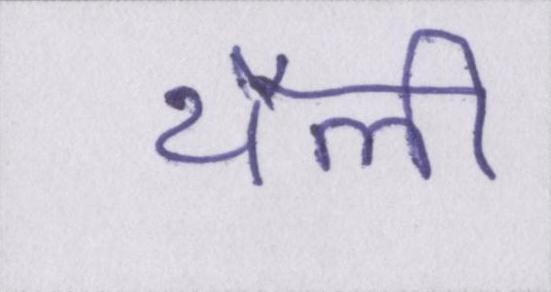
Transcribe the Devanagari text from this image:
थैली